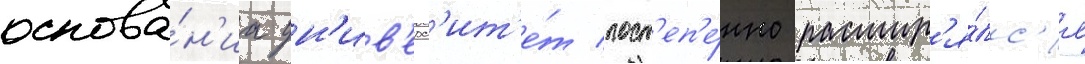
основа́н'иа ун'ив'ерс'ит'е́т пост'еп'е́нно расшир'я́лс'я